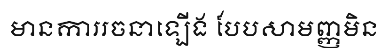
មានការរចនាឡើង បែបសាមញ្ញមិន